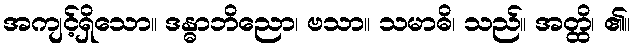
အကျင့်ရှိသော။ ဒန္ဓာဘိညော၊ ဗသာ။ သမာဓိ၊ သည်။ အတ္ထိ၊ ၏။